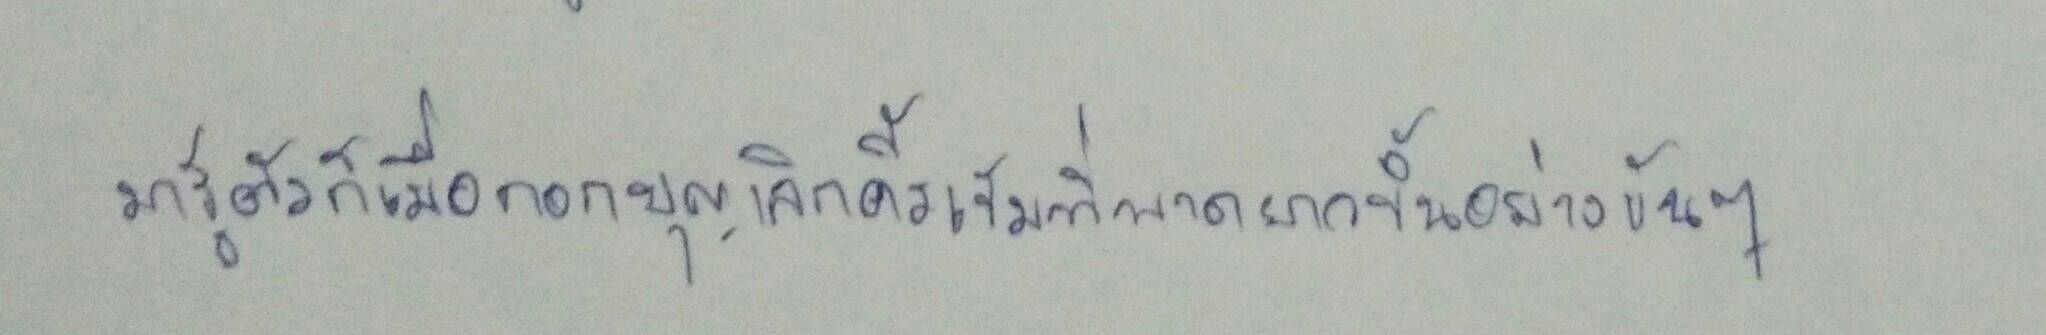
มารู้ตัวก็เมื่อกอบบุญเลิกคิ้วเข้มที่พาดยาวขึ้นอย่างขันๆ